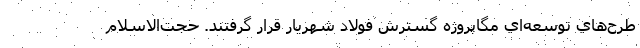
طرح‌هاي توسعه‌اي مگا‌پروژه گسترش فولاد شهريار قرار گرفتند. حجت‌الاسلام